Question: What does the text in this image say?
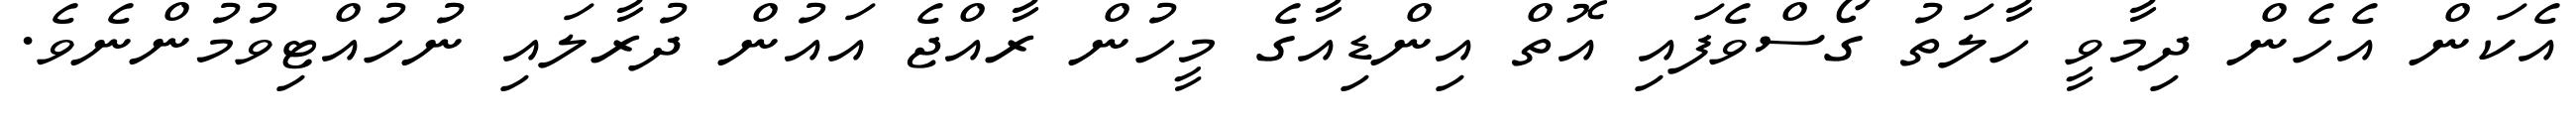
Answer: އެކަން އެހެން ދިމާވީ ހާލަތު ގޯސްވެފައި އޮތް އިންޑިއާގެ މީހުން ރާއްޖެ އައުން ދުރާލައި ނުހުއްޓިވުމުންނެވެ.